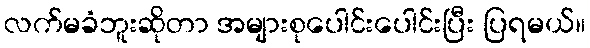
လက်မခံဘူးဆိုတာ အများစုပေါင်းပေါင်းပြီး ပြရမယ်။